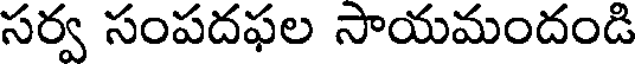
సర్వ సంపదఫల సాయమందండి